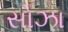
સોઝા